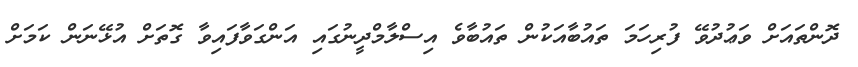
ދޮންތައަށް ވަޢުދުވޭ ފުރިހަމަ ތައުބާއަކުން ތައުބާވެ އިސްލާމްދީނުގައި އަންގަވާފައިވާ ގޮތަށް އުޅޭނަން ކަމަށް